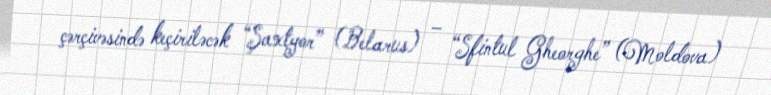
çərçivəsində keçiriləcək “Şaxtyor” (Belarus) – “Sfintul Gheorghe” (Moldova)